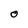
Character: o